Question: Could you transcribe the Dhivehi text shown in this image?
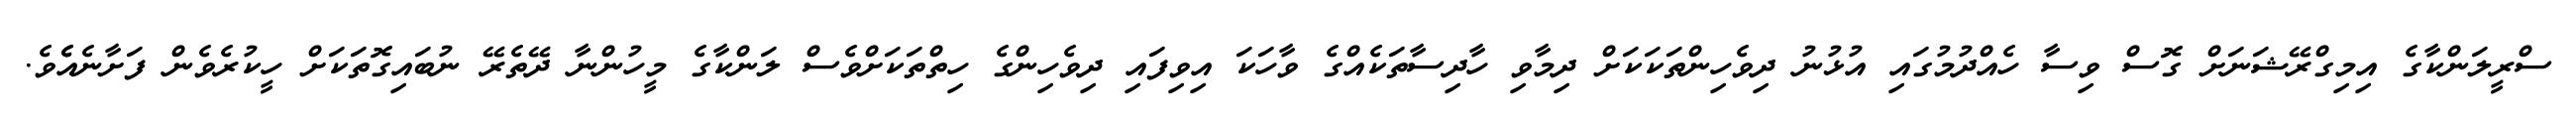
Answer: ސްރީލަންކާގެ އިމިގްރޭޝަނަށް ގޮސް ވިސާ ހެއްދުމުގައި އުޅުނު ދިވެހިންތަކަކަށް ދިމާވި ހާދިސާތަކެއްގެ ވާހަކަ އިވިފައި ދިވެހިންގެ ހިތްތަކަށްވެސް ލަންކާގެ މީހުންނާ ދޭތެރޭ ނުބައިގޮތަކަށް ހީކުރެވެން ފަށާނެއެެވެ.